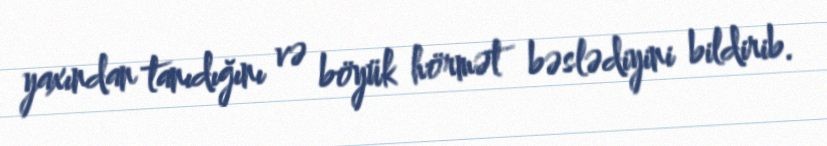
yaxından tanıdığını və böyük hörmət bəslədiyini bildirib.